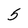
Character: 5